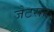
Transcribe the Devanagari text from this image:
जेटसर